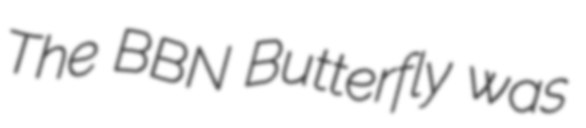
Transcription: The BBN Butterfly was